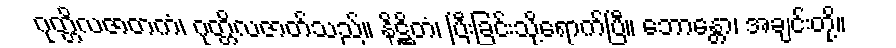
ဂုတ္တိလဇာတကံ၊ ဂုတ္တိလဇာတ်သည်။ နိဋ္ဌိတံ၊ ပြီးခြင်းသို့ရောက်ပြီ။ ဘောန္တော၊ အချင်းတို့။